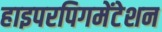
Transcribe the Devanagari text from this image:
हाइपरपिगमेंटेशन